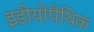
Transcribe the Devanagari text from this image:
इडीयोपैथिक